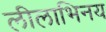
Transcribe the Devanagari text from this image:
लीलाभिनय